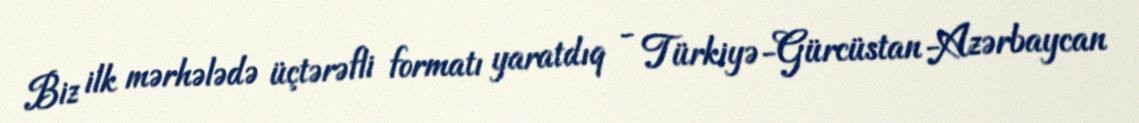
Biz ilk mərhələdə üçtərəfli formatı yaratdıq - Türkiyə-Gürcüstan-Azərbaycan